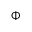
\Phi